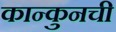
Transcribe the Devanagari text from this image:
कान्कुनची